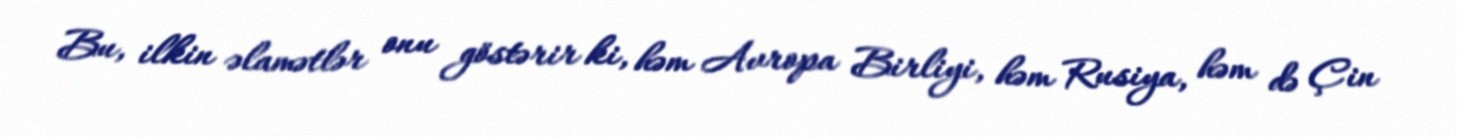
Bu, ilkin əlamətlər onu göstərir ki, həm Avropa Birliyi, həm Rusiya, həm də Çin